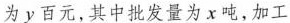
为y百元，其中批发量为x吨，加工